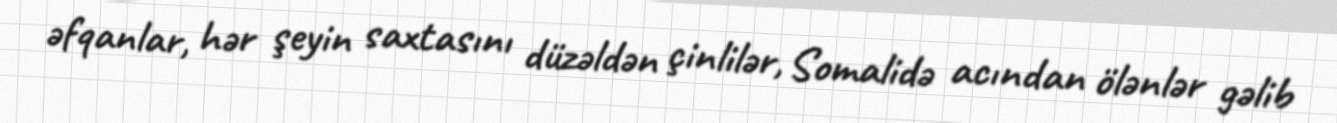
əfqanlar, hər şeyin saxtasını düzəldən çinlilər, Somalidə acından ölənlər gəlib